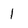
Character: 1